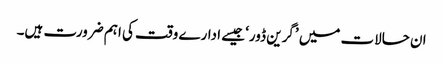
ان حالات میں ’گرین ڈور‘ جیسے ادارے وقت کی اہم ضرورت ہیں۔